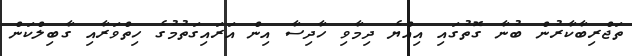
ތަޖްރިބާކާރުން ބުނާ ގޮތުގައި އިއްޔެ ދިމާވި ހާދިސާ އިން އަރައިގަތުމުގެ ހިތްވަރާއި ގާބިލްކަން